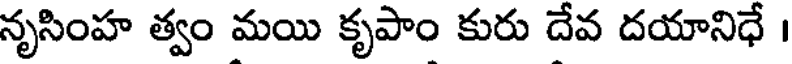
నృసింహ త్వం మయి కృపాం కురు దేవ దయానిధే ।